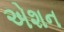
એશન